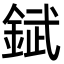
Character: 錻